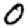
Digit: 0